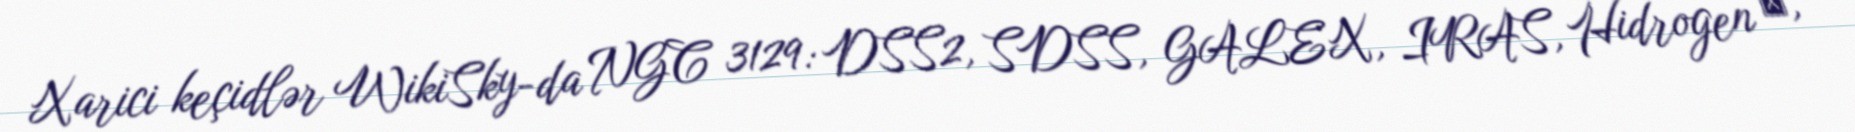
Xarici keçidlər WikiSky-da NGC 3129: DSS2, SDSS, GALEX, IRAS, Hidrogen α,